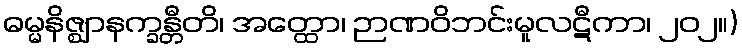
ဓမ္မနိဇ္ဈာနက္ခန္တီတိ၊ အတ္ထော၊ ဉာဏဝိဘင်းမူလဋီကာ၊ ၂၀၂။)